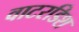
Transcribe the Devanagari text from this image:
वाटरडिश